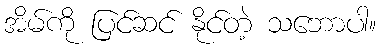
အိမ်ကို ပြင်ဆင် နိုင်တဲ့ သဘောပါ။